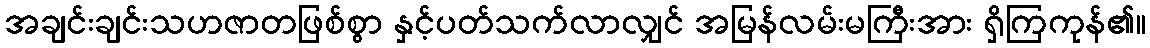
အချင်းချင်းသဟဇာတဖြစ်စွာ နှင့်ပတ်သက်လာလျှင် အမြန်လမ်းမကြီးအား ရှိကြကုန်၏။